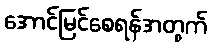
အောင်မြင်စေရန်အတွက်